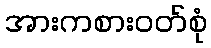
အားကစားဝတ်စုံ